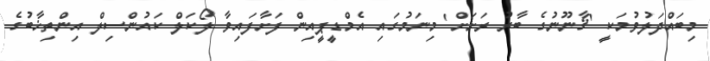
މިބައްދަލުވުމަކީ 'ޤާނޫނުގެ ބާރު ރަށަށް' މިނަމުގައި އެމްޑީޕީއިން ފަށާފައިވާ ލޯކަލް ކައުންސިލް އިންތިޚާބުގެ